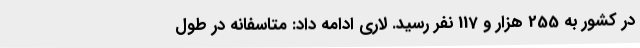
در کشور به 255 هزار و 117 نفر رسید. لاری ادامه داد: متاسفانه در طول